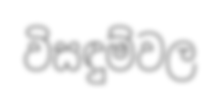
විසඳුම්වල